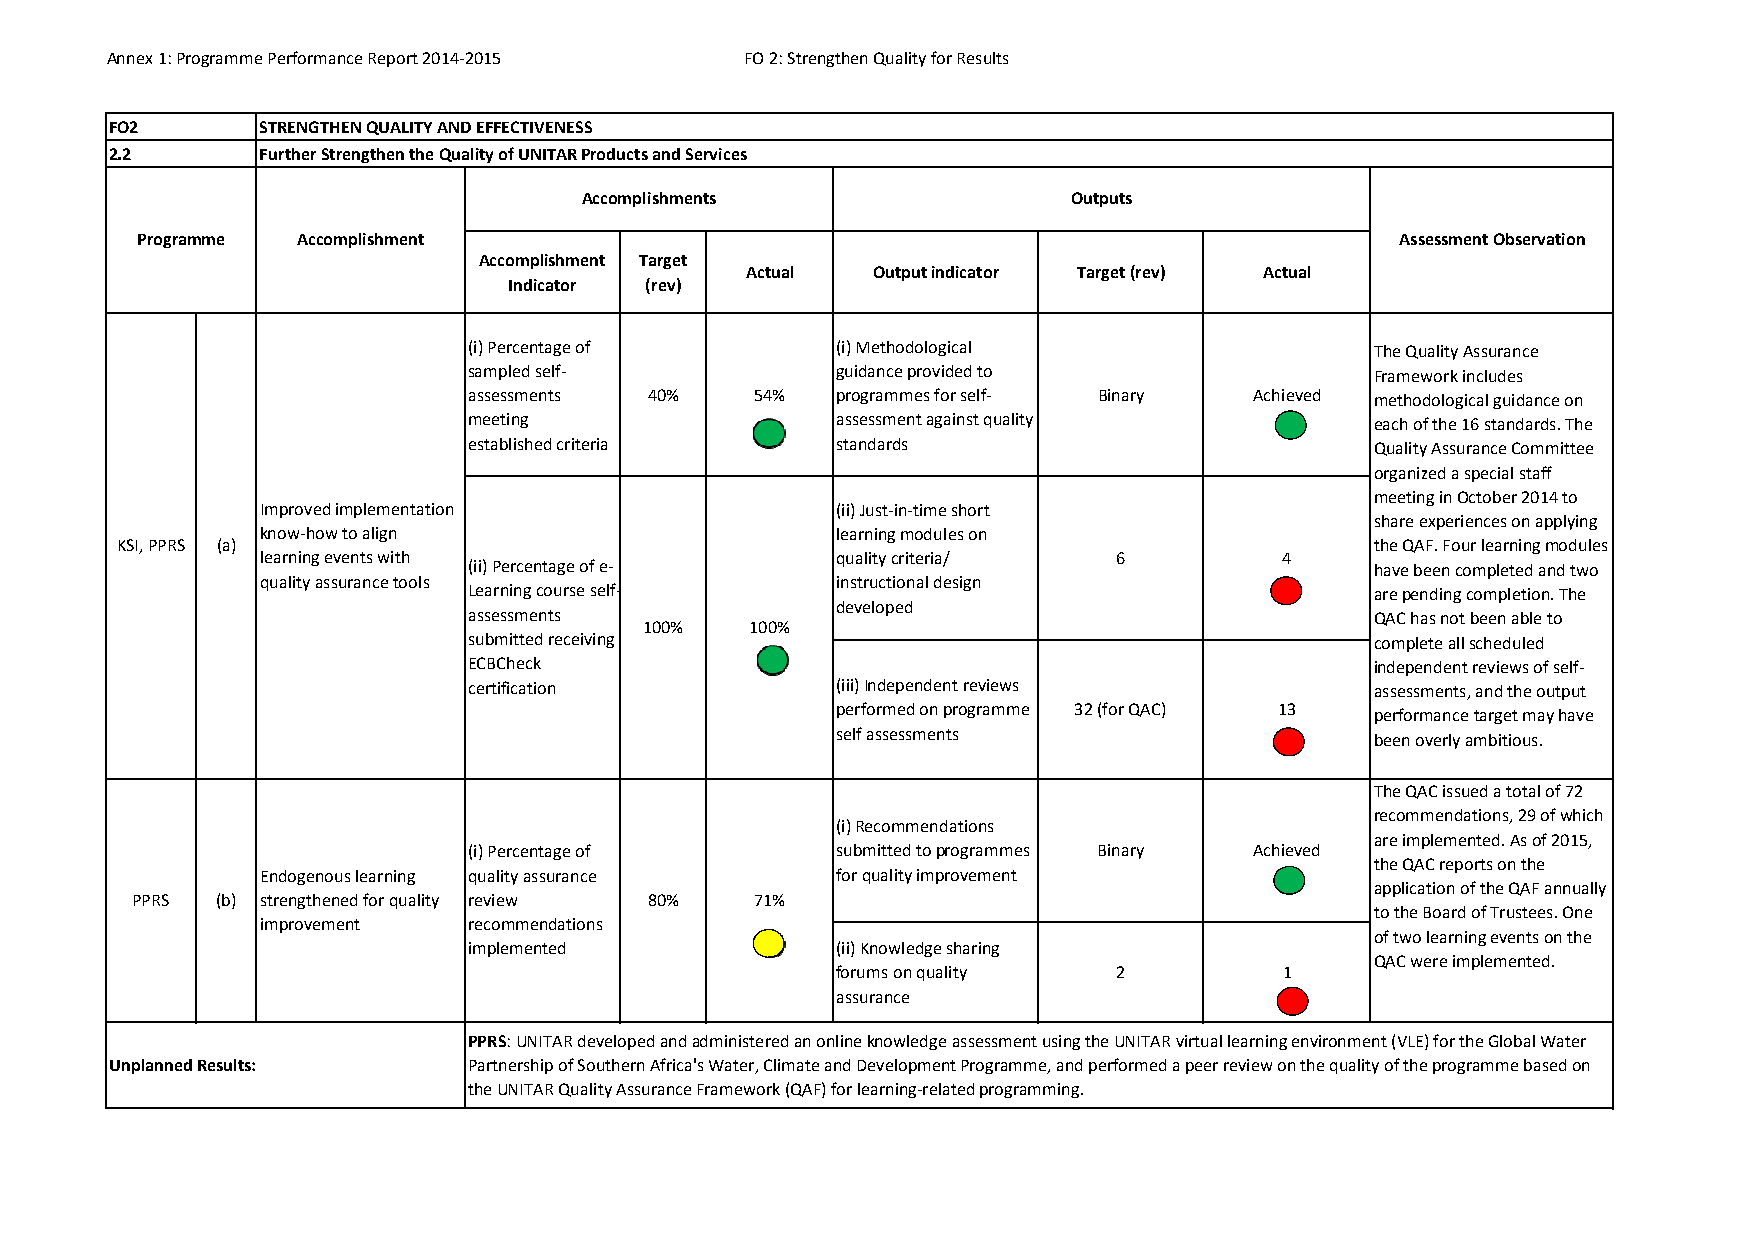
Annex 1: Programme Performance Report 2014‐2015 FO 2: Strengthen Quality for Results
 FO2       STRENGTHEN QUALITY AND EFFECTIVENESS
 2.2       Further Strengthen the Quality of UNITAR Products and Services
 Accomplishments                 Outputs
 Programme  Accomplishment                                                           Assessment Observation
 Accomplishment Target
 Actual   Output indicator Target (rev) Actual
 Indicator (rev)
 (i) Percentage of       (i) Methodological                  The Quality Assurance
 sampled self‐           guidance provided to                Framework includes
 assessments 40%    54%  programmes for self‐ Binary Achieved methodological guidance on
 meeting                 assessment against quality          each of the 16 standards. The
 established criteria    standards                           Quality Assurance Committee
 organized a special staff
 meeting in October 2014 to
 Improved implementation               (ii) Just‐in‐time short
 share experiences on applying
 know‐how to align                     learning modules on
 KSI, PPRS (a)                                                                      the QAF. Four learning modules
 learning events with                  quality criteria/  6          4
 (ii) Percentage of e‐                                       have been completed and two
 quality assurance tools               instructional design
 Learning course self‐                                       are pending completion. The
 developed
 assessments                                                 QAC has not been able to
 100%   100%
 submitted receiving                                         complete all scheduled
 ECBCheck                                                    independent reviews of self‐
 certification           (iii) Independent reviews           assessments, and the output
 performed on programme 32 (for QAC) 13 performance target may have
 self assessments                    been overly ambitious.
 The QAC issued a total of 72
 recommendations, 29 of which
 (i) Recommendations
 are implemented. As of 2015,
 (i) Percentage of       submitted to programmes Binary Achieved
 the QAC reports on the
 Endogenous learning quality assurance for quality improvement
 application of the QAF annually
 PPRS (b) strengthened for quality review 80% 71%
 to the Board of Trustees. One
 improvement   recommendations
 of two learning events on the
 implemented             (ii) Knowledge sharing
 QAC were implemented.
 forums on quality  2          1
 assurance
 PPRS: UNITAR developed and administered an online knowledge assessment using the UNITAR virtual learning environment (VLE) for the Global Water
 Unplanned Results:      Partnership of Southern Africa's Water, Climate and Development Programme, and performed a peer review on the quality of the programme based on
 the UNITAR Quality Assurance Framework (QAF) for learning‐related programming.